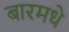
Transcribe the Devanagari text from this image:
बारमधे